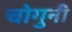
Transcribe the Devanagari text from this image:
चोगुनी